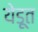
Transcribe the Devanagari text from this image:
येडूत